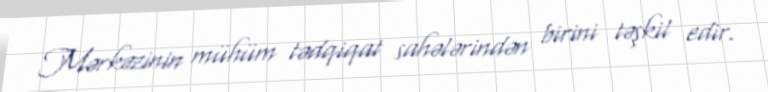
Mərkəzinin mühüm tədqiqat sahələrindən birini təşkil edir.